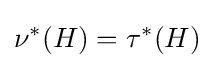
\nu ^{*}(H)=\tau ^{*}(H)